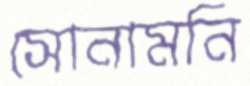
সোনামনি